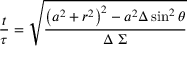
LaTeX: { \frac { t } { \tau } } = { \sqrt { \frac { \left( a ^ { 2 } + r ^ { 2 } \right) ^ { 2 } - a ^ { 2 } \Delta \sin ^ { 2 } \theta } { \Delta \ \Sigma } } }